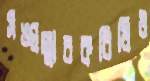
সঙ্ঘস্মারকবিধিও